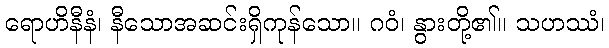
ရောဟိနီနံ၊ နီသောအဆင်းရှိကုန်သော။ ဂဝံ၊ နွားတို့၏။ သဟဿံ၊